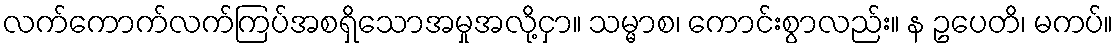
လက်ကောက်လက်ကြပ်အစရှိသောအမှုအလို့ငှာ။ သမ္မာစ၊ ကောင်းစွာလည်း။ န ဥပေတိ၊ မကပ်။